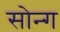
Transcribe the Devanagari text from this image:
सोन्ग